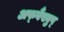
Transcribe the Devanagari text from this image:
अफ्वैंख्युप्